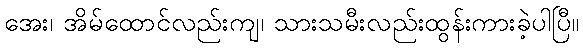
အေး၊ အိမ်ထောင်လည်းကျ၊ သားသမီးလည်းထွန်းကားခဲ့ပါပြီ။